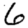
Digit: 6